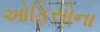
ઓફિસોના